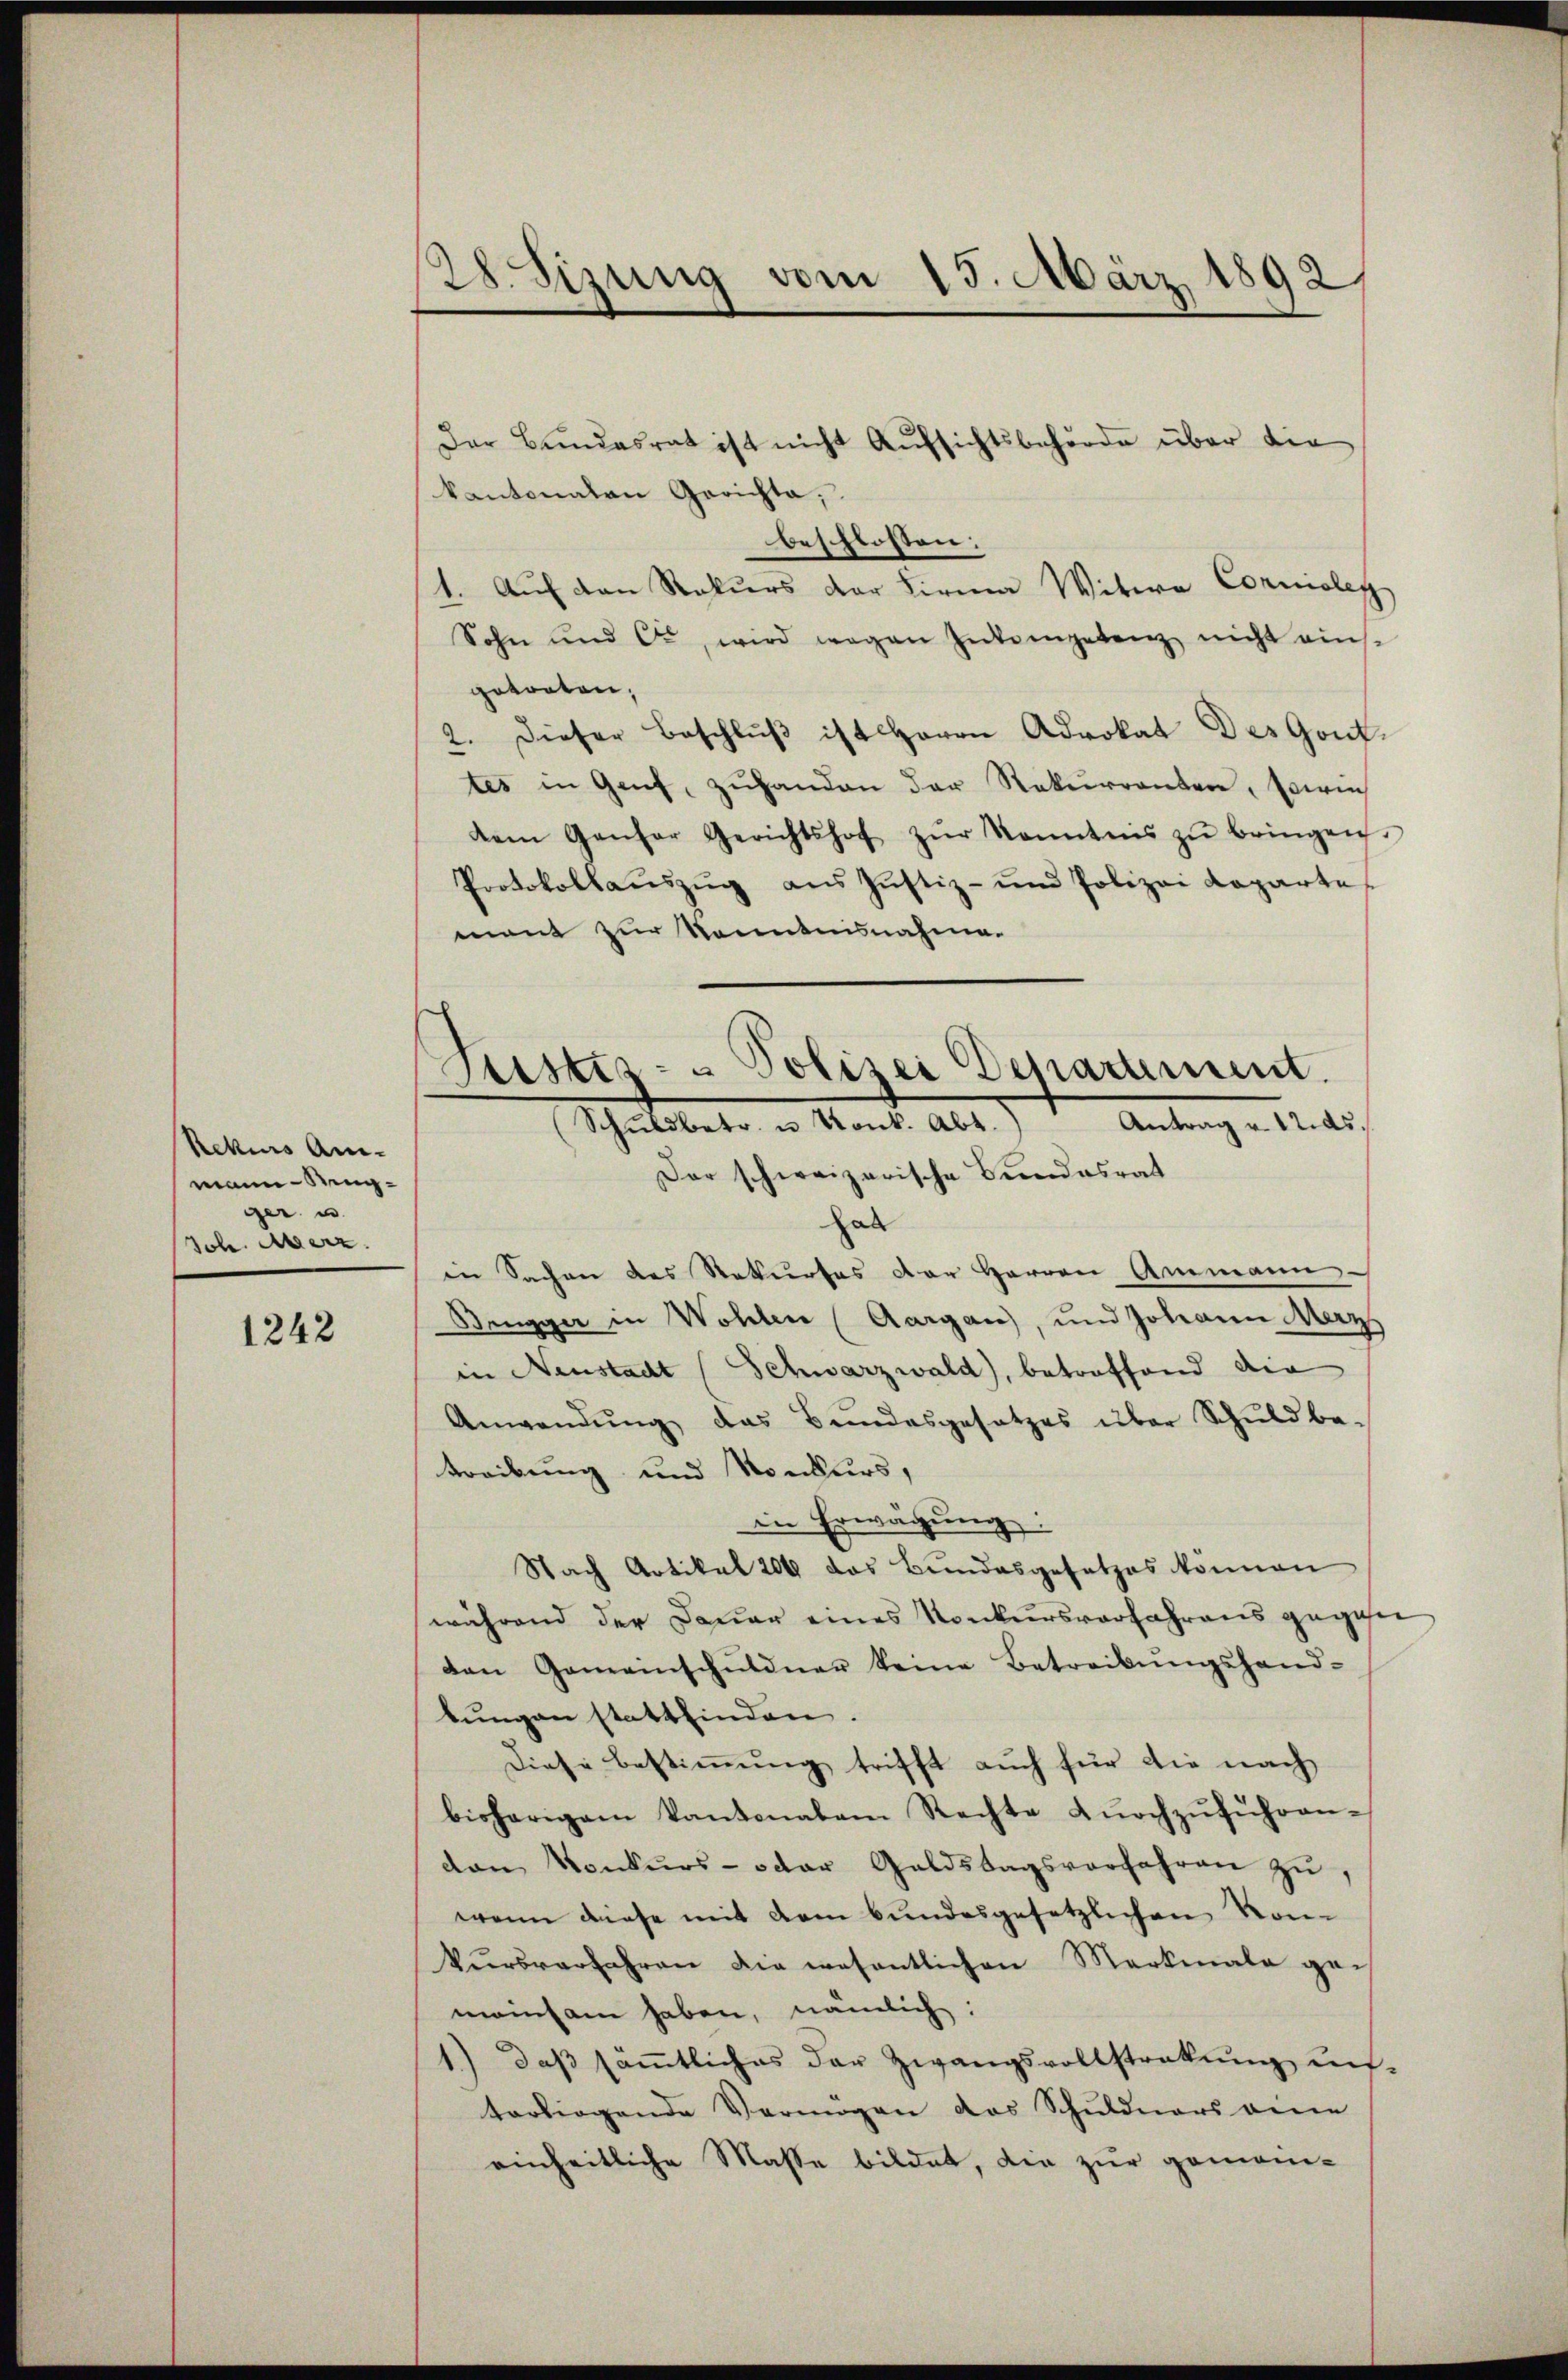
Rekius An-
mann Ringger u
Joh. Merz

1242

28. Sizung vom 15. März 1892/

Der Bundesrat ist nicht Aŭfsichtsbehörde über die
kantonalen Gerichta;
beschlossen:
1. Auf den Rekurs der Firma Witwe Cornioleg
Sohn und c., wird wegen Inkompetenz nicht eins-
getreten,
2. dieser Beschlŭβ ist Herrn Advokat Des Gont-
tes in Genf, zŭhanden der Rekurrenten, sowie
dem Ganzer Gerichtshof zŭr kanntens zŭ bringen.
Protokollaŭszŭg ans Justiz- und Polizei Koparte
mant zur kanntensnahme.
hab
in Sachen des Rekurses der Herren Ammann
Beugger in Wohlen (Aargau), und Johann Merz
in Neustadt (Schwarzwald, betroffend die
Anwendŭng das Bŭndesgesetzes über Schuld be-
treibung und Konkurs,
in Erwägung:
Nach Artikal 206 das Bundesgesetzes können
während der Dauer eines Konkursverfahrens gegehen
den Gemeinschuldner keine Betreibŭngshand-
bungen stattfinden.
Diese Bestimmung trifft auch für die nach
bisherigem Kantonalen Rechte dŭrchzŭführen-
den Konkurs- oder Goldstagsverfahren zŭ,
wenn diese mit dem bundesgesetzlichen von
kŭrsverfahren die wesentlichen Merkmale ge-
meinsam haben, nämlich:
1.) Daß sämmtliches der Zwangsvollstrakung ins-
torliegende Vermögen das Schuldners eine
einheitliche Masse bildet, die zur gemoni-

Justiz- & Polizei Deparament.
Schuldbetr. v. Mont. Abt.) Antrag u. 12 des
Der schweizerische Bundesrat